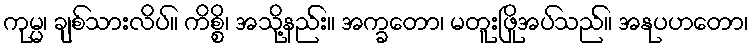
ကုမ္မ၊ ချစ်သားလိပ်။ ကိစ္စိ၊ အသို့နည်း။ အက္ခတော၊ မတူးဖြိုအပ်သည်။ အနုပဟတော၊